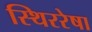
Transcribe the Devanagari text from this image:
स्थिररेषा